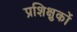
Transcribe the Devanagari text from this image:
प्रशिक्षुकों